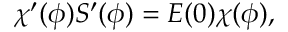
\chi ^ { \prime } ( \phi ) S ^ { \prime } ( \phi ) = E ( 0 ) \chi ( \phi ) ,